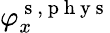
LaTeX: \varphi_{x}^{\mathrm{~s~},\mathrm{~p~h~y~s~}}